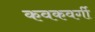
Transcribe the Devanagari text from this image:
कवकवर्गी